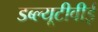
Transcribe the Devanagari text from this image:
डब्ल्यूटीवीई